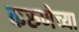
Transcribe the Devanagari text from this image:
करुणेच्या